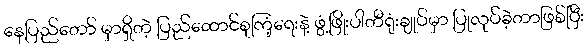
နေပြည်တော် မှာရှိတဲ့ ပြည်ထောင်စုကြံ့ရေးနဲ့ ဖွံ့ဖြိုးပါတီရုံးချုပ်မှာ ပြုလုပ်ခဲ့တာဖြစ်ပြီး